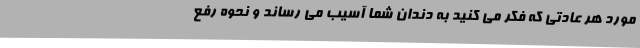
مورد هر عادتی که فکر می کنید به دندان شما آسیب می رساند و نحوه رفع